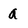
Character: a